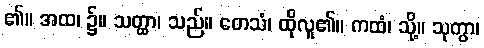
၏။ အထ၊ ၌။ သတ္ထာ၊ သည်။ တေသံ၊ ထိုလူ၏။ ကထံ၊ သို့။ သုတွာ၊